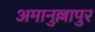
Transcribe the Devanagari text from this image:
अमानुल्लापुर